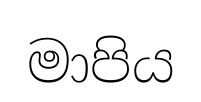
මාපිය